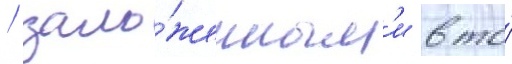
/ зало́женным'и в то́